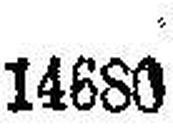
14680